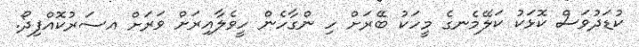
ކުޑަދުވަސް ކޮޅަކު ކަލޭމެނގެ މީހަކު ބޭރަށް ހި ންގާހެން ހީވެލާއިރަށް ވަރަށް އސަރުކޮއްފިދޯ.